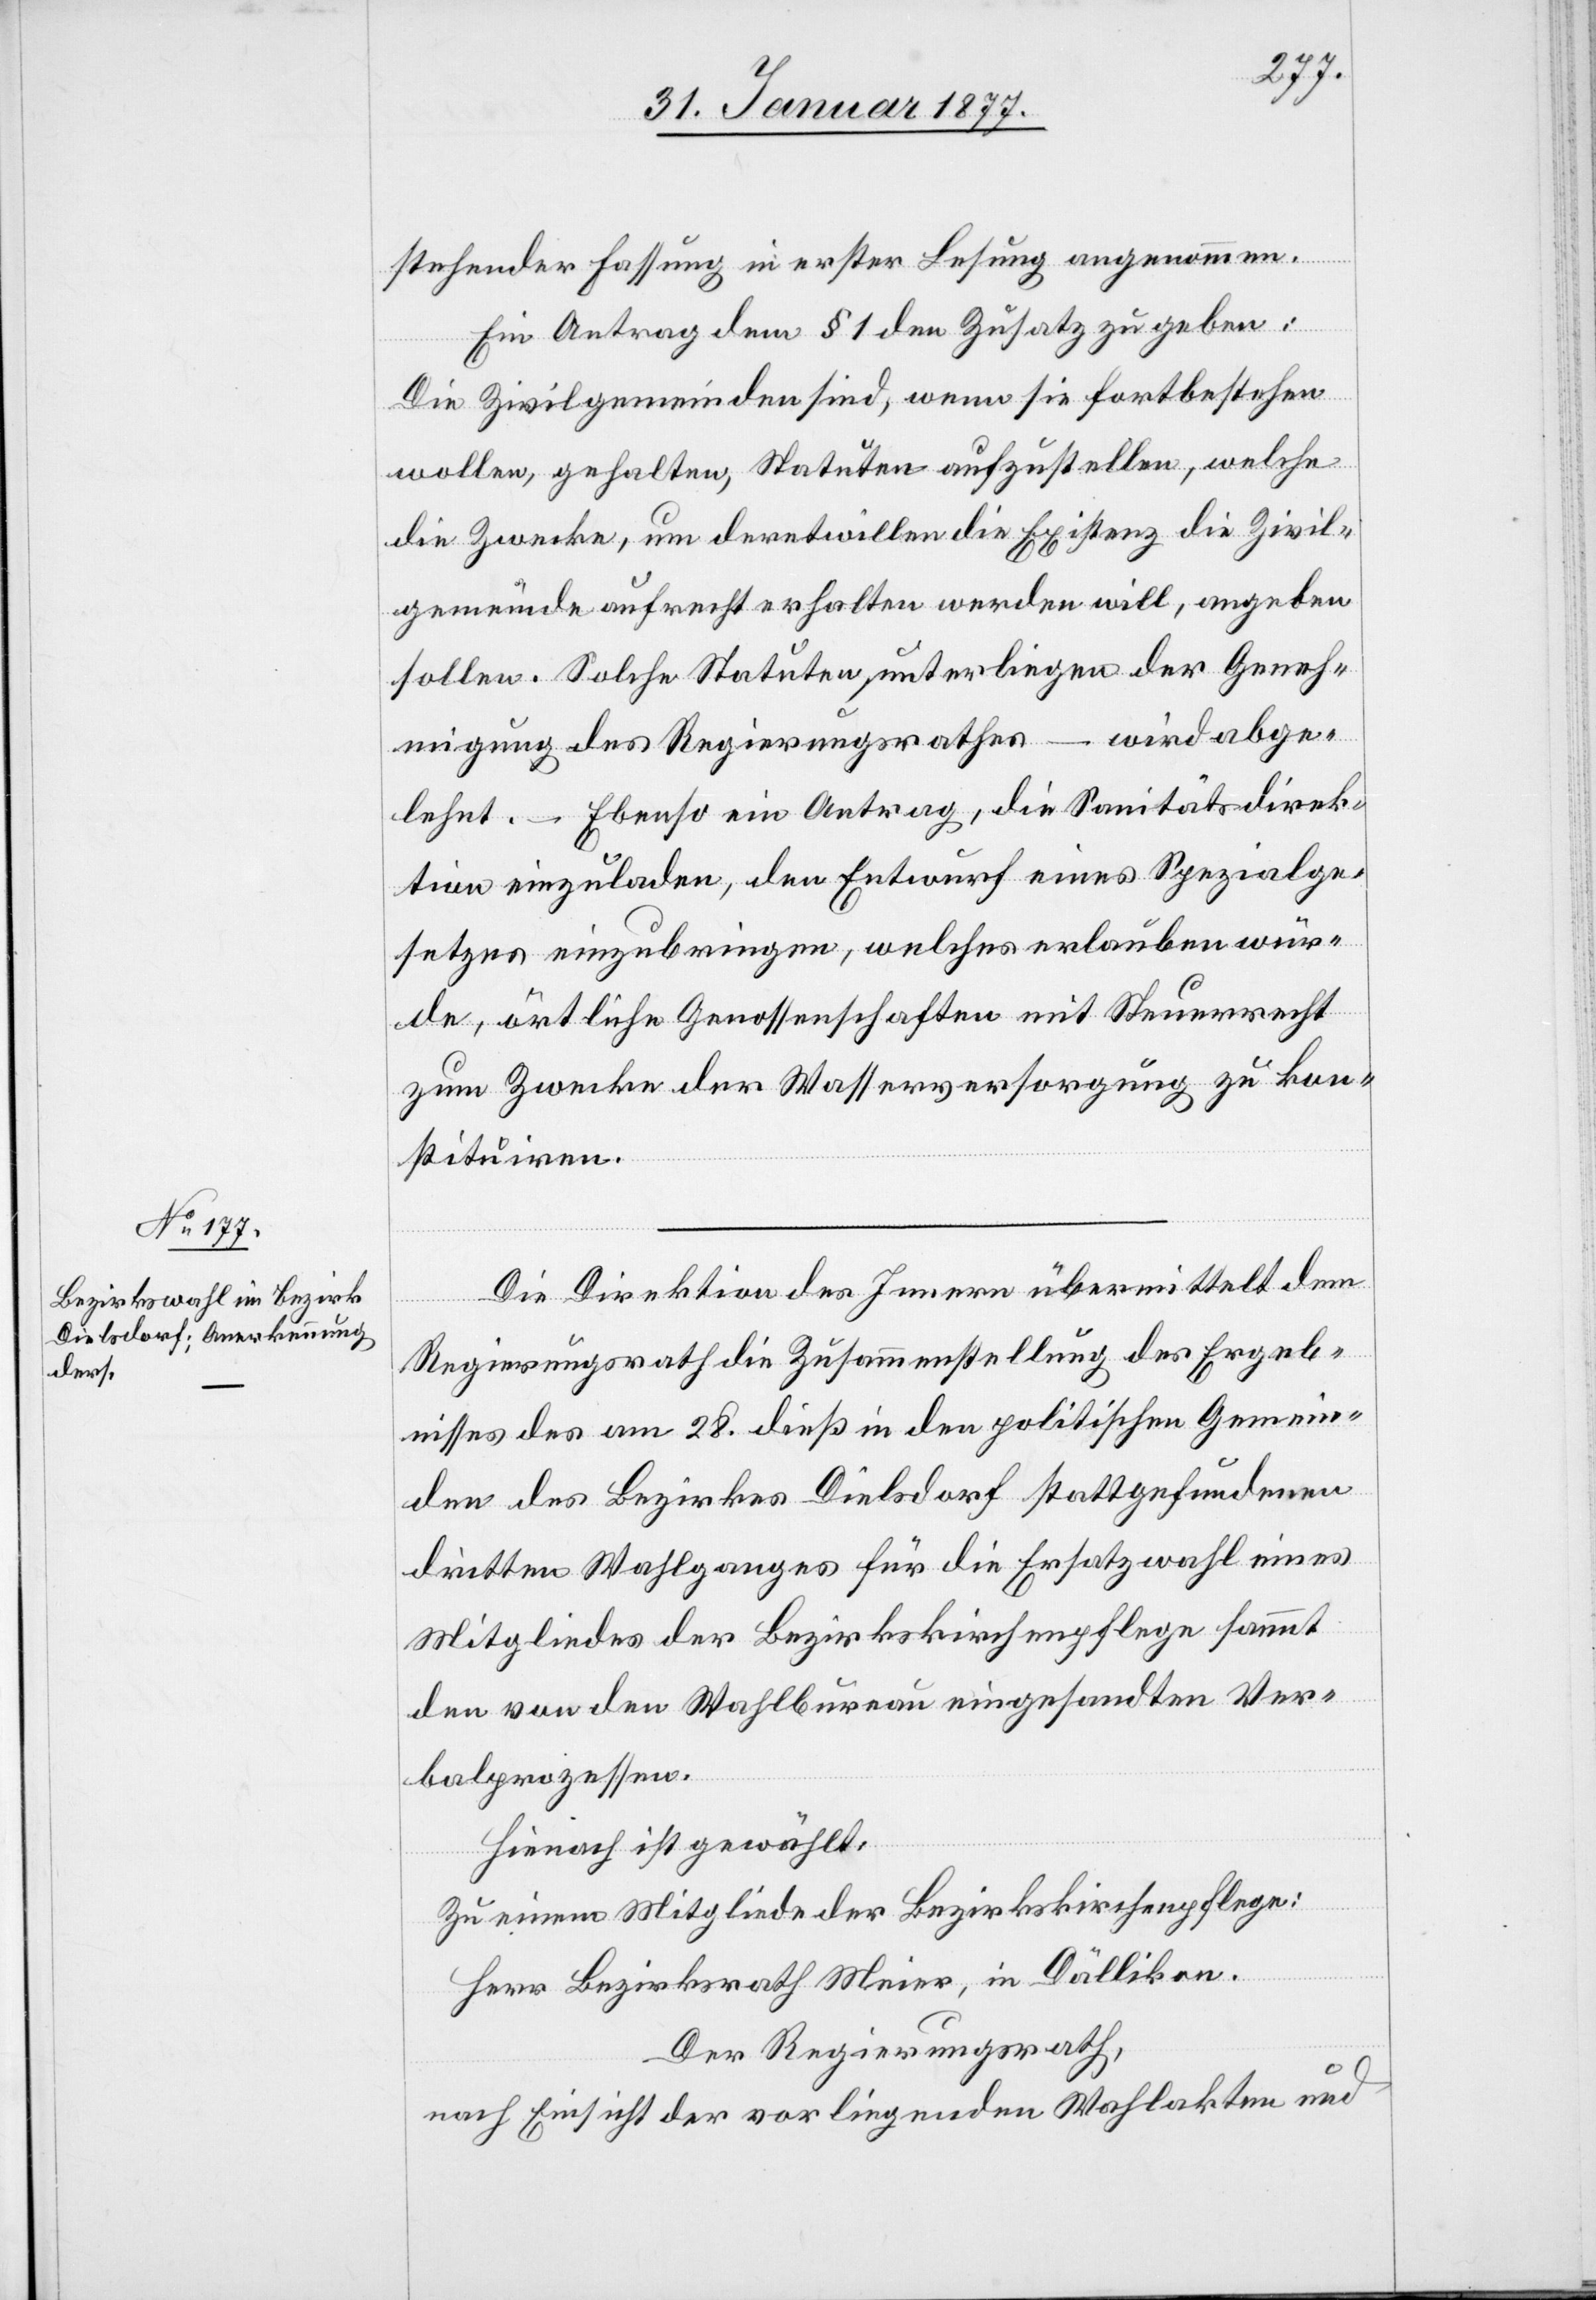
stehender Fassung in erster Lesung angenommen.
Ein Antrag dem § 1 den Zusatz zu geben:
Die Zivilgemeinden sind, wenn sie fortbestehen
wollen, gehalten, Statuten aufzustellen, welche
die Zwecke, um deretwillen die Existenz die Zivil¬
gemeinde aufrecht erhalten werden will, angeben
sollen. Solche Statuten unterliegen der Geneh¬
migung des Regierungsrathes – wird abge¬
lehnt. – Ebenso ein Antrag, die Sanitätsdirek¬
tion einzuladen, den Entwurf eines Spezialge¬
setzes einzubringen, welches erlauben wür¬
de, örtliche Genossenschaften mit Steuerrecht
zum Zwecke der Wasserversorgung zu kon¬
stituiren.
Die Direktion des Innern übermittelt dem
Regierungsrathe die Zusammenstellung des Ergeb¬
nisses des am 28. dieß in den politischen Gemein¬
den des Bezirkes Dielsdorf stattgefundenen
dritten Wahlganges für die Ersatzwahl eines
Mitgliedes der Bezirkskirchenpflege sammt
den von den Wahlbureau eingesandten Ver¬
balprozessen.
Hienach ist gewählt:
Zu einem Mitgliede der Bezirkskirchenpflege:
Herr Bezirksrath Meier, in Dällikon.
Der Regierungsrath,
nach Einsicht der vorliegenden Wahlakten und